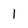
Character: l